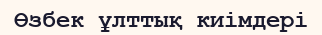
Өзбек ұлттық киімдері